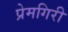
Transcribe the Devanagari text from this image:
प्रेमगिरी